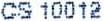
CS 10012